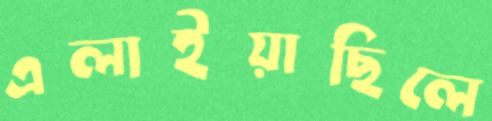
এলাইয়াছিলে